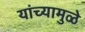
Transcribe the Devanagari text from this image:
यांच्‍यामुळे